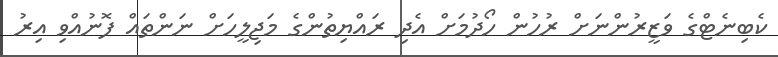
ކެބިނެޓްގެ ވަޒީރުންނަށް ރުހުން ހޯދުމަށް އެދި ރައްޔިތުންގެ މަޖިލީހަށް ނަންތައް ފޮނުއްވި އިރު